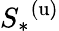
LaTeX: {S_{*}}^{(\mathrm{u})}